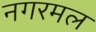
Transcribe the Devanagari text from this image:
नगरमल